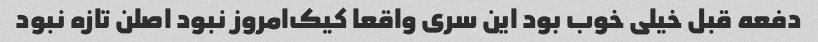
دفعه قبل خیلی خوب بود این سری واقعا کیک‌امروز نبود اصلن تازه نبود